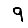
Digit: 9